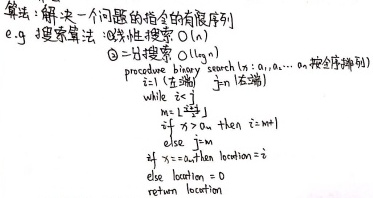
算法：解决一个问题的指令的有限序列
e.g. 搜索算法：
\textcircled{1} 线性搜索 \(O(n)\)
\textcircled{2} 二分搜索 \(O(\log n)\)
```
procedure binary_search $(x; a_1,\cdots,a_n$: 按序排列)
    $i = 1$ (左端)
    $j = n$ (右端)
    while $i\leq j$
        $m=\lfloor\frac{i + j}{2}\rfloor$
        if $x > a_m$ then $i = m + 1$
        else $j = m - 1$
    end if
    end while
    if $x = a_i$ then location $= i$
    else location $= 0$
    return location
end procedure
```